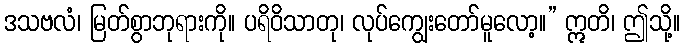
ဒသဗလံ၊ မြတ်စွာဘုရားကို။ ပရိဝိသာတု၊ လုပ်ကျွေးတော်မူလော့။” ဣတိ၊ ဤသို့။